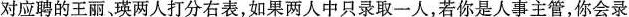
对应聘的王丽，瑛两人打分右表，如果两人中只录取一人，若你是人事主管，你会录